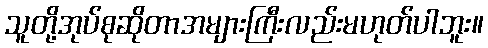
သူတို့အုပ်စုဆိုတာအများကြီးလည်းမဟုတ်ပါဘူး။